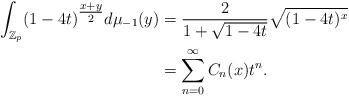
LaTeX: \begin{align*}\int_{\mathbb{Z}_p} (1-4t)^{\tfrac{x+y}{2}} d\mu_{-1} (y) &= \frac{2}{1+\sqrt{1-4t}} \sqrt{(1-4t)^x} \\&= \sum_{n=0}^\infty C_n(x) t^n.\end{align*}